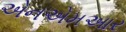
એનએમઆર